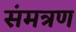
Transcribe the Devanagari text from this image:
संमत्रण